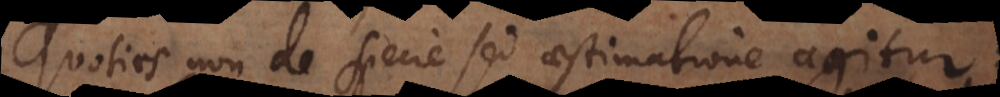
Quoties non de specie sed aestimatione agitur: